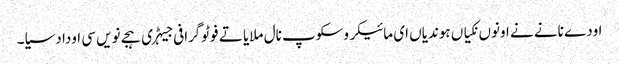
اودے نانے نے اونوں نکیاں ہوندیاں ای مائیکروسکوپ نال ملایا تے فوٹوگرافی جیہڑی ہجے نویں سی اودا دسیا۔